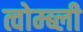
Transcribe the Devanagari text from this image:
त्वोम्ब्ली